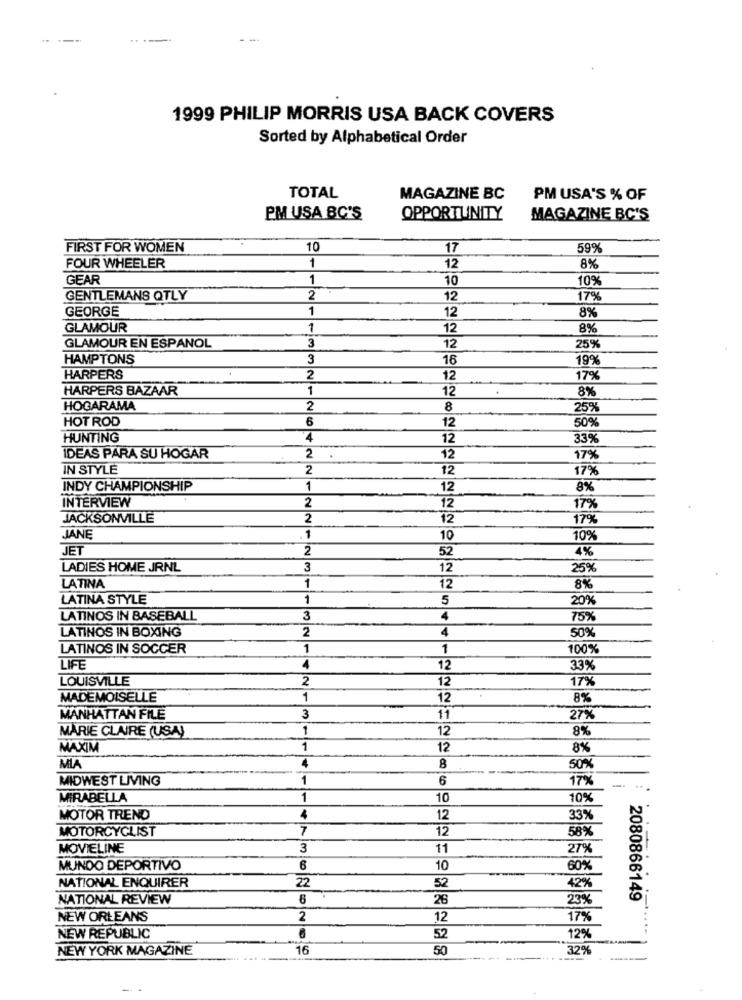
1999 PHILIP MORRIS USA BACK COVERS
Sorted by Alphabetical Order
TOTAL
MAGAZINE BC
PM USA'S % OF
PM USA BC'S
OPPORTUNITY
MAGAZINE BC'S
FIRST FOR WOMEN
10
17
59%
1
FOUR WHEELER
12
8%
GEAR
1
10
10%
GENTLEMANS QTLY
2
12
17%
GEORGE
1
12
8%
GLAMOUR
1
12
8%
GLAMOUR EN ESPANOL
3
12
25%
HAMPTONS
3
16
19%
HARPERS
2
12
17%
HARPERS BAZAAR
1
12
8%
HOGARAMA
2
8
25%
HOT ROD
6
12
50%
HUNTING
4
12
33%
2
IDEAS PARA SU HOGAR
12
17%
IN STYLE
2
12
17%
INDY CHAMPIONSHIP
1
12
8%
INTERVIEW
2
12
17%
JACKSONVILLE
2
12
17%
JANE
10
10%
JET
2
52
4%
LADIES HOME JRNL
3
12
25%
1
LATINA
12
8%
LATINA STYLE
1
5
20%
LATINOS IN BASEBALL
3
4
75%
LATINOS IN BOXING
2
4
50%
LATINOS IN SOCCER
1
1
100%
LIFE
4
12
33%
LOUISVILLE
2
12
17%
MADEMOISELLE
1
12
8%
MANHATTAN FILE
3
11
27%
MARIE CLAIRE (USA)
1
12
8%
MAXIM
1
12
8%
4
MIA
8
50%
MIDWEST LIVING
1
6
17%
MIRABELLA
1
10
10%
MOTOR TREND
4
12
33%
MOTORCYCLIST
7
12
58%
MOVIELINE
3
11
27%
MUNDO DEPORTIVO
6
10
60%
22
NATIONAL ENQUIRER
52
42%
NATIONAL REVIEW
6
26
23%
2080866149
NEW ORLEANS
2
12
17%
NEW REPUBLIC
52
12%
NEW YORK MAGAZINE
16
50
32%